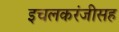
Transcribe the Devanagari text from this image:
इचलकरंजीसह